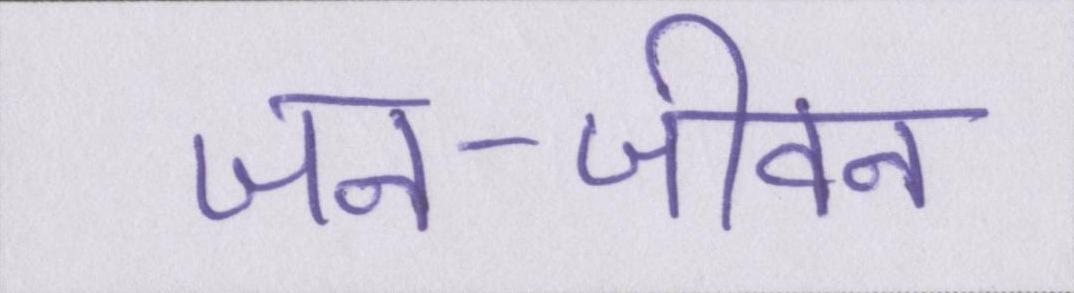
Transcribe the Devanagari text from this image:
जन-जीवन